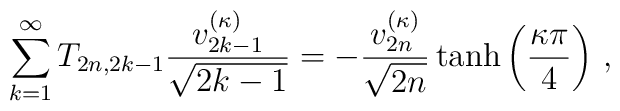
\sum_{k=1}^\infty T_{2n,2k-1}\frac{v_{2k-1}^{(\kappa)}}{\sqrt{2k-1}}=-\frac{v_{2n}^{(\kappa)}}{\sqrt{2n}}\tanh\left(\frac{\kappa \pi}{4}\right)\,,